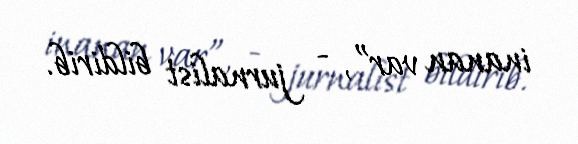
inanan var”, - jurnalist bildirib.